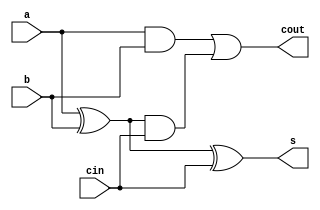
module full_adder_1b (a, b, cin, cout, s);

	output s, cout;
	input a, b, cin;

	assign s = a ^ b ^ cin;
	assign cout = (a & b) | ((a ^ b) & cin);

endmodule

module full_adder_2b (A, B, cin, S, cout);

	input cin;
	input[1:0] A, B;
	output[1:0] S;
	output cout;

	wire[1:0] inter;
	assign cout = inter[1];

	full_adder_1b FA0(.a(A[0]),
						.b(B[0]), 
						.cin(cin), 
						.s(S[0]), 
						.cout(inter[0])
						);
						
	full_adder_1b FA1(.a(A[1]),
						.b(B[1]), 
						.cin(inter[0]), 
						.s(S[1]), 
						.cout(inter[1])
						);				

endmodule

module full_adder_4b (A, B, cin, S, cout);

	input cin;
	input[3:0] A, B;
	output[3:0] S;
	output cout;

	wire[3:0] inter;
	assign cout = inter[3];

	full_adder_1b FA0(.a(A[0]),
						.b(B[0]), 
						.cin(cin), 
						.s(S[0]), 
						.cout(inter[0])
						);
						
	full_adder_1b FA1(.a(A[1]),
						.b(B[1]), 
						.cin(inter[0]), 
						.s(S[1]), 
						.cout(inter[1])
						);					
						
	full_adder_1b FA2(.a(A[2]),
						.b(B[2]), 
						.cin(inter[1]), 
						.s(S[2]), 
						.cout(inter[2])
						);					
						
	full_adder_1b FA3(.a(A[3]),
						.b(B[3]), 
						.cin(inter[2]), 
						.s(S[3]), 
						.cout(inter[3])
						);					
					
endmodule

module full_adder_16b(A, B, cin, Sum, cout);

	input cin;
	input[15:0] A, B;
	output[15:0] Sum;
	output cout;

	wire[3:0] inter;
	assign cout = inter[3];

	full_adder_4b FA0(.A(A[3:0]),
						.B(B[3:0]), 
						.cin(cin), 
						.S(Sum[3:0]), 
						.cout(inter[0])
						);

	full_adder_4b FA1(.A(A[7:4]),
						.B(B[7:4]), 
						.cin(inter[0]), 
						.S(Sum[7:4]), 
						.cout(inter[1])
						);

	full_adder_4b FA2(.A(A[11:8]),
						.B(B[11:8]), 
						.cin(inter[1]), 
						.S(Sum[11:8]), 
						.cout(inter[2])
						);

	full_adder_4b FA3(.A(A[15:12]),
						.B(B[15:12]), 
						.cin(inter[2]), 
						.S(Sum[15:12]), 
						.cout(inter[3])
						);

endmodule